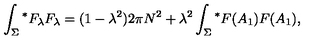
\int _ { \Sigma } { ^ \ast F _ { \lambda } } F _ { \lambda } = ( 1 - { \lambda } ^ { 2 } ) 2 \pi N ^ { 2 } + { \lambda } ^ { 2 } \int _ { \Sigma } { ^ \ast F ( A _ { 1 } ) F ( A _ { 1 } ) } ,